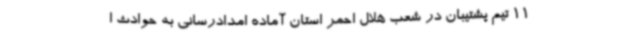
11 تیم پشتیبان در شعب هلال احمر استان آماده امدادرسانی به حوادث ا